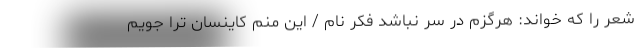
شعر را که خواند: هرگزم در سر نباشد فکر نام / این منم کاینسان ترا جویم